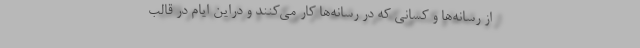
از رسانه‌ها و کسانی که در رسانه‌ها کار می‌کنند و دراین ایام در قالب